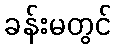
ခန်းမတွင်